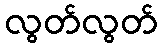
လွတ်လွတ်